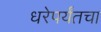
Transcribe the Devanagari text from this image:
धरेपर्यंतचा